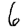
Digit: 6